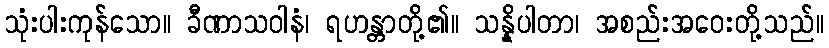
သုံးပါးကုန်သော။ ခီဏာသဝါနံ၊ ရဟန္တာတို့၏။ သန္နိပါတာ၊ အစည်းအဝေးတို့သည်။